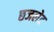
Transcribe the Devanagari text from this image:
छजलेट